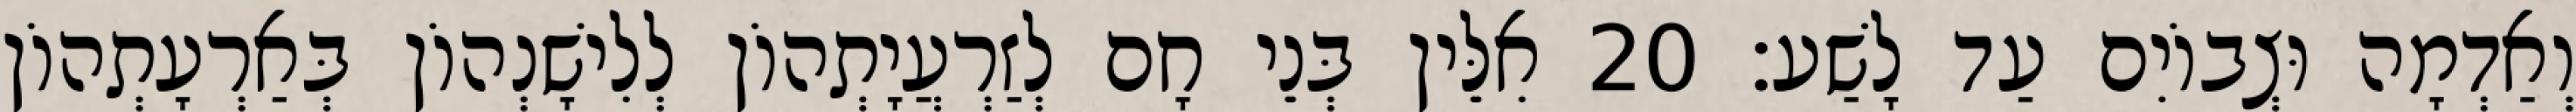
וְאַדְמָה וּצְבוֹיִם עַד לָשַׁע׃ 20 אִלֵּין בְּנֵי חָם לְזַרְעֲיָתְהוֹן לְלִישָׁנְהוֹן בְּאַרְעָתְהוֹן